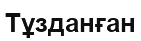
Тұзданған